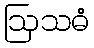
ဩသဓံ